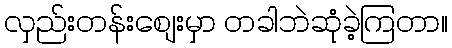
လှည်းတန်းစျေးမှာ တခါဘဲဆုံခဲ့ကြတာ။